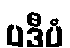
ပဒီပံ